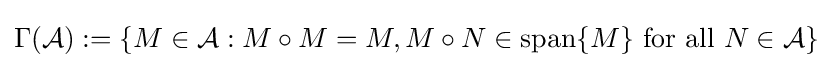
\Gamma ({\mathcal {A}}):=\{M\in {\mathcal {A}}:M\circ M=M,M\circ N\in \operatorname {span} \{M\}{\text{ for all }}N\in {\mathcal {A}}\}